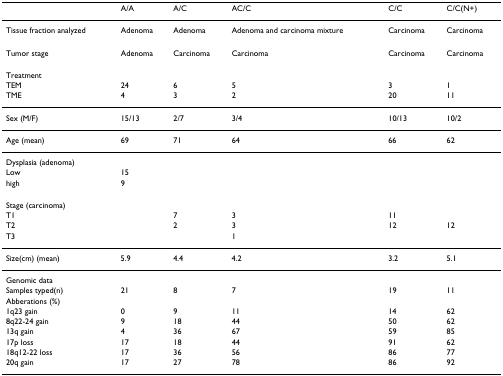
<table><thead><tr><td></td><td><b>A/A</b></td><td><b>A/C</b></td><td><b>AC/C</b></td><td><b>C/C</b></td><td><b>C/C(N+)</b></td></tr></thead><tbody><tr><td>Tissue fraction analyzed</td><td>Adenoma</td><td>Adenoma</td><td>Adenoma and carcinoma mixture</td><td>Carcinoma</td><td>Carcinoma</td></tr><tr><td>Tumor stage</td><td>Adenoma</td><td>Carcinoma</td><td>Carcinoma</td><td>Carcinoma</td><td>Carcinoma</td></tr><tr><td>Treatment</td><td></td><td></td><td></td><td></td><td></td></tr><tr><td>TEM</td><td>24</td><td>6</td><td>5</td><td>3</td><td>1</td></tr><tr><td>TME</td><td>4</td><td>3</td><td>2</td><td>20</td><td>11</td></tr><tr><td>Sex (M/F)</td><td>15/13</td><td>2/7</td><td>3/4</td><td>10/13</td><td>10/2</td></tr><tr><td>Age (mean)</td><td>69</td><td>71</td><td>64</td><td>66</td><td>62</td></tr><tr><td>Dysplasia (adenoma)</td><td></td><td></td><td></td><td></td><td></td></tr><tr><td>Low</td><td>15</td><td></td><td></td><td></td><td></td></tr><tr><td>high</td><td>9</td><td></td><td></td><td></td><td></td></tr><tr><td>Stage (carcinoma)</td><td></td><td></td><td></td><td></td><td></td></tr><tr><td>T1</td><td></td><td>7</td><td>3</td><td>11</td><td></td></tr><tr><td>T2</td><td></td><td>2</td><td>3</td><td>12</td><td>12</td></tr><tr><td>T3</td><td></td><td></td><td>1</td><td></td><td></td></tr><tr><td>Size(cm) (mean)</td><td>5.9</td><td>4.4</td><td>4.2</td><td>3.2</td><td>5.1</td></tr><tr><td>Genomic data</td><td></td><td></td><td></td><td></td><td></td></tr><tr><td>Samples typed(n)</td><td>21</td><td>8</td><td>7</td><td>19</td><td>11</td></tr><tr><td>Abberations (%)</td><td></td><td></td><td></td><td></td><td></td></tr><tr><td>1q23 gain</td><td>0</td><td>9</td><td>11</td><td>14</td><td>62</td></tr><tr><td>8q22-24 gain</td><td>9</td><td>18</td><td>44</td><td>50</td><td>62</td></tr><tr><td>13q gain</td><td>4</td><td>36</td><td>67</td><td>59</td><td>85</td></tr><tr><td>17p loss</td><td>17</td><td>18</td><td>44</td><td>91</td><td>62</td></tr><tr><td>18q12-22 loss</td><td>17</td><td>36</td><td>56</td><td>86</td><td>77</td></tr><tr><td>20q gain</td><td>17</td><td>27</td><td>78</td><td>86</td><td>92</td></tr></tbody></table>